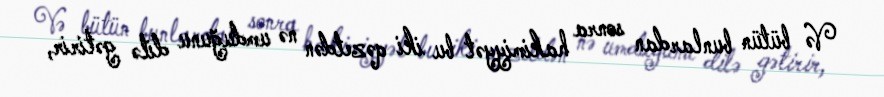
Və bütün bunlardan sonra hakimiyyət bu iki qəzetdən nə umduğunu dilə gətirir,